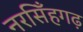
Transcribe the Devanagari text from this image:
नरसिँहगढ़